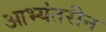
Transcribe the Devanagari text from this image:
आभ्यंतरीन